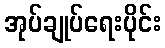
အုပ်ချုပ်ရေးပိုင်း